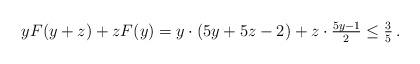
LaTeX: \begin{align*}yF(y+z)+zF(y) = y \cdot (5y+5z-2)+z\cdot\tfrac{5y-1}{2}\le \tfrac35\,.\end{align*}